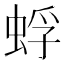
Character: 蜉